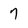
Character: 7